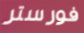
فورستر